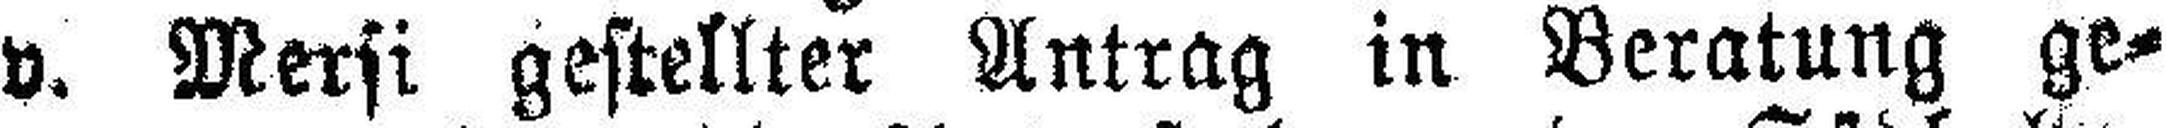
v. Mersi gestellter Antrag in Beratung ge¬